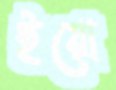
ইয়ো